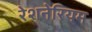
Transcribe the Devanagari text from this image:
रेशनेरियम